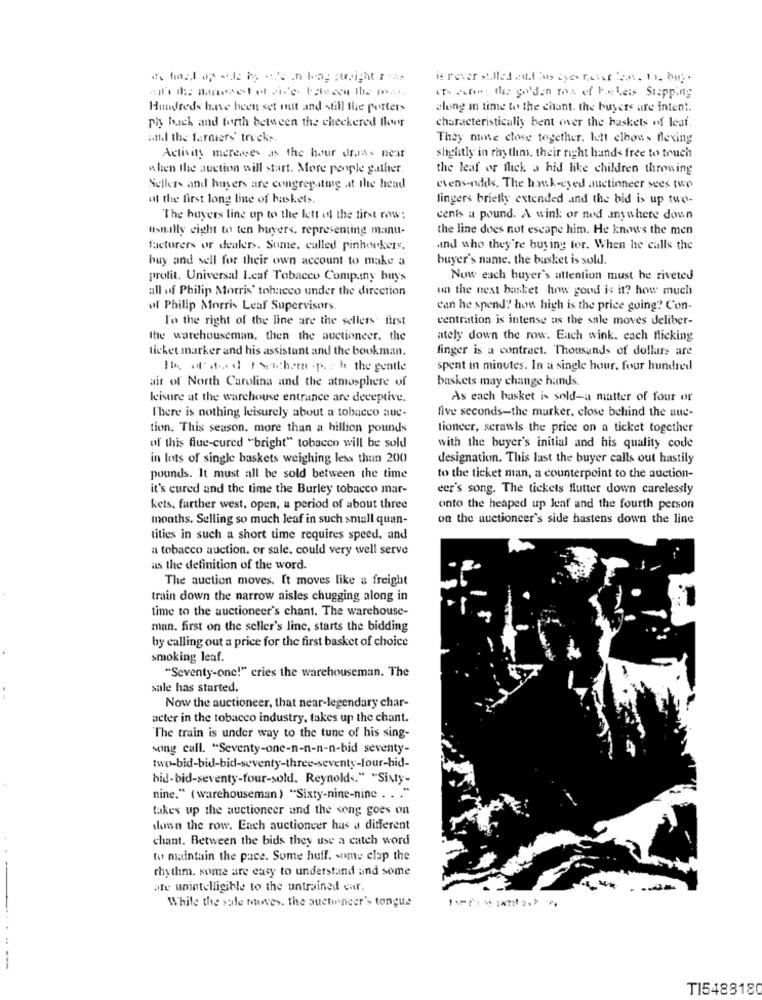
it's time I af wie he ate in leog straight Is
" show. the golden ma ef be Less Stepping
Hundreds have been set nut and still the porters
along in time to the chant. the buyers are inten :.
Ply back and forth between the checkered Bhar
characteristically bent over the baskets of leaf.
attl the farmers' trucks.
They nine close together. Iett elbows flexing
Activity meresses as the hour draas near
slightly in rhythms, their right hands free to touch
when the auction will start. More people gather.
the leaf or flick a hid like children throwing
Sellers and husers are congreg ting at the head
evens-adds. The hauk-eyed auctioneer sees two
of the first long line of baskets.
fingers briefly extended and the bid is up two-
The buyers line op to the lett of the first row:
cenis a pound. A wink or ned anywhere down
usually eight to ten buyers. representing manu-
the line does not escape him. He knows the men
facturers or dealers. Some, culled pinhookers.
and who they're buying for. When he calls the
buy and sell for their own account to make a
buyer's name. the basket is sold.
prolit. Universal l.caf Tobacco Company buys
Now each buyer's attention must he riveted
all of Philip Morris' tohueco under the direction
un the next basket how goud is it? how much
of Philip Morris Leaf Supervisors
can he spend" how high is the price going"? Con-
To the right of the line are the sellers first
centration is intense as the sale moves deliber-
the warehouseman. then the auctioneer. the
ately down the row. Each wink. each flicking
ticket marker and his assistant and the bookman.
finger is a contract. Thousands of dollars are
Ib of at-il Fewchern . p. : h the gentle
spent in minutes. In a single hour, four hundred
air of North Carolina and the atmosphere of
baskets may change hands
leisure at the warehouse entrance are deceptive.
As each basket is sold-a matter of four or
five seconds-the marker, close behind the aue-
There is nothing leisurely about a tobacco aue-
tion. This season. more than a hillion pounds
tioncer, serawls the price on a ticket together
of this flue-cured "bright" tobacco will be sold
with the buyer's initial and his quality code
in lots of single baskets weighing less than 200
designation. This last the buyer calls out hastily
pounds. It must all be sold between the time
to the ticket man, a counterpoint to the auction-
it's cured and the time the Burley tobacco mar-
eer's song. The tickets flutter down carelessly
kets, farther west, open, a period of about three
onto the heaped up leaf and the fourth person
months. Selling so much leaf in such small quan-
on the auctioncer's side hastens down the line
tities in such a short time requires speed, and
a tobacco auction. or sale. could very well serve
as the definition of the word.
The auction moves. It moves like a freight
train down the narrow aisles chugging along in
time to the auctioneer's chant. The warehouse-
man. first on the seller's line, starts the bidding
by calling out a price for the first basket of choice
smoking leaf.
"Seventy-one!" eries the warehouseman. The
sale has started.
Now the auctioneer, that near-legendary char-
acter in the tobacco industry, takes up the chant.
The train is under way to the tune of his sing-
sang call. "Seventy-one-n-n-n-n-bid seventy-
two-bid-bid-bid-seventy-three-seventy-four-hid-
hid-bid-seventy-four-sold. Reynold <. " "Sixty-
nine." ( warehouseman ) "Sixty-nine-nine . . .
takes up the auctioneer and the song goes on
down the row, Each auctioneer has a different
chant. Between the bids they use a catch word
to maintain the pace. Some huff. my clap the
rhythm. some are easy to understand and some
ale unintelligible to the untrained car,
While the sale nowves. the quetuncer's tongue
TI5488180